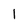
Character: l